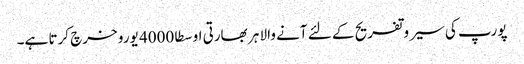
پورپ کی سیر وتفریح کے لئے آنے والا ہر بھارتی اوسطا 4000 یورو خرچ کرتا ہے۔